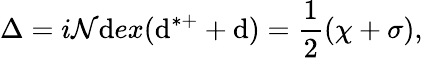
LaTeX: \Delta=i\mathcal{N}\mathrm{d}ex(\mathrm{d}^{*+}+\mathrm{d})=\frac{{1}}{{2}}(\chi+\sigma),